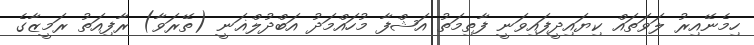
ހިމެނޭއިރު ލަވަތައް ކިޔައިދީފައިވަނީ ފާތިމަތު އަޝްފާ މުހައްމަދު އަބްދުލްޣަނީ (ތޭރަވާ) ރާފިއަތު ރަމީޒާގެ